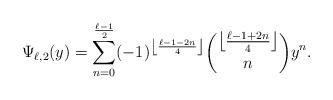
LaTeX: \begin{align*}\Psi_{\ell,2}(y)=\sum_{n=0}^\frac{\ell-1}{2} (-1)^{\left \lfloor \frac{\ell-1-2n}{4}\right\rfloor} \binom{\left \lfloor \frac{\ell-1+2n}{4}\right\rfloor}{n}y^n.\end{align*}